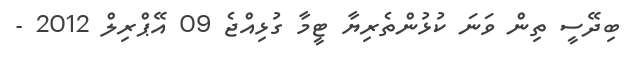
ބިދޭސީ ތިން ވަނަ ކުޅުންތެރިޔާ ޓީމާ ގުޅިއްޖެ 09 އޭޕްރިލް 2012 -